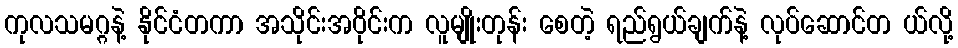
ကုလသမဂ္ဂနဲ့ နိုင်ငံတကာ အသိုင်းအဝိုင်းက လူမျိုးတုန်း စေတဲ့ ရည်ရွယ်ချက်နဲ့ လုပ်ဆောင်တ ယ်လို့